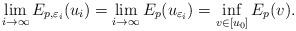
LaTeX: \begin{align*} \lim_{i\to \infty} E_{p, \varepsilon_i}(u_i)=\lim_{i\to \infty} E_p(u_{\varepsilon_i})=\inf_{v\in [u_0]}E_p(v). \end{align*}